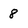
Character: 8